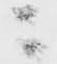
ニ